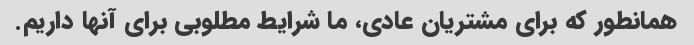
همانطور که برای مشتریان عادی، ما شرایط مطلوبی برای آنها داریم.